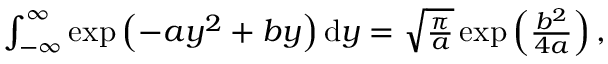
\begin{array} { r } { \int _ { - \infty } ^ { \infty } \exp \left( - a y ^ { 2 } + b y \right) \mathrm { d } y = \sqrt { \frac { \pi } { a } } \exp \left( \frac { b ^ { 2 } } { 4 a } \right) , } \end{array}